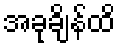
အခုချိန်ထိ